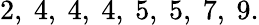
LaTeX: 2,\ 4,\ 4,\ 4,\ 5,\ 5,\ 7,\ 9.